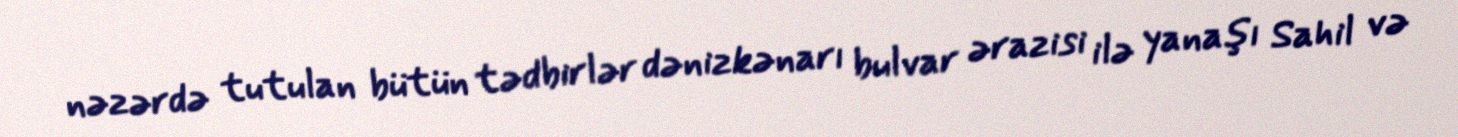
nəzərdə tutulan bütün tədbirlər dənizkənarı bulvar ərazisi ilə yanaşı Sahil və